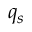
q _ { s }